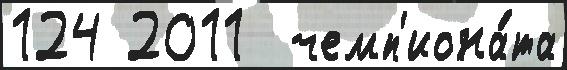
124 2011  чемп'иона́та